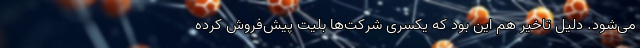
می‌شود. دلیل تاخیر هم این بود که یکسری شرکت‌ها بلیت پیش‌فروش کرده